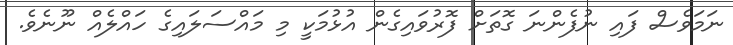
ނަމަވެސް ފައި ނުފެންނަ ގޮތަށް ފޮރުވައިގެން އުޅުމަކީ މި މައްސަލައިގެ ހައްލެއް ނޫނެވެ.